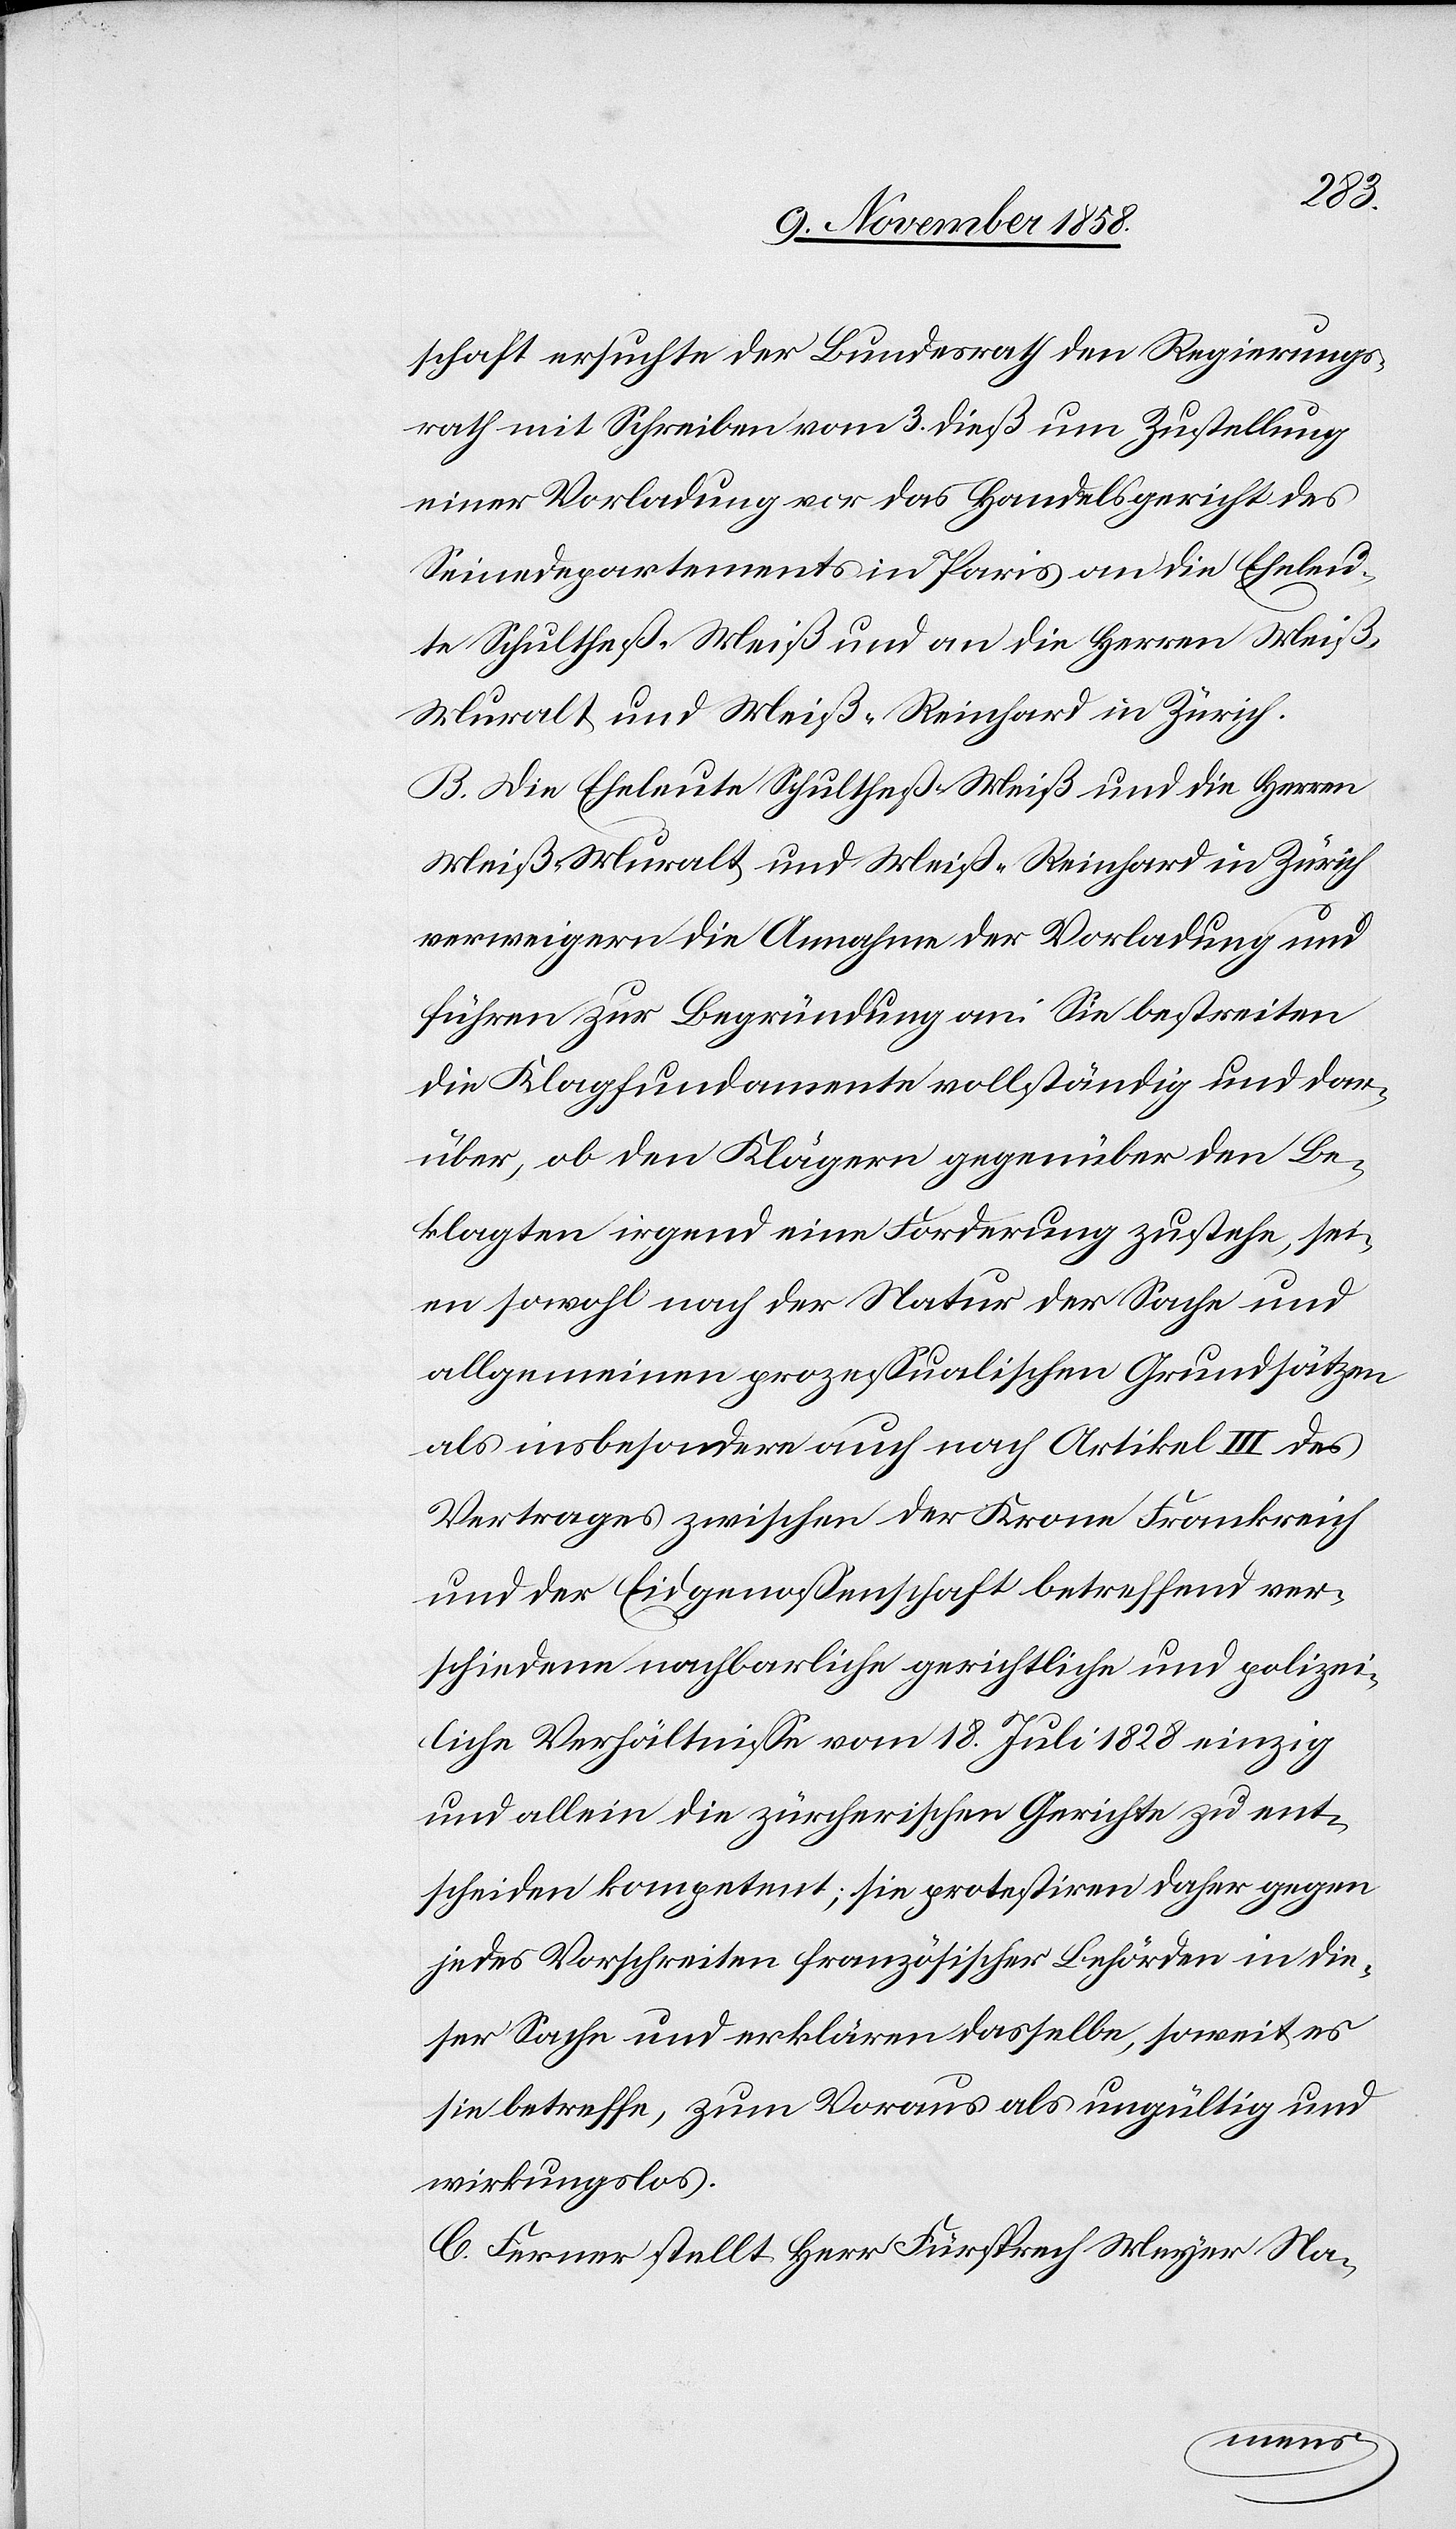
schaft ersuchte der Bundesrath den Regierungs¬
rath mit Schreiben vom 3. dieß um Zustellung
einer Vorladung vor das Handelsgericht des
Seinedepartements in Paris an die Eheleu¬
te Schultheß-Meiß und an die Herren Meiß-M¬
uralt und Meiß-Reinhard in Zürich.
B. Die Eheleute Schultheß-Meiß und die Herren
Meiß-Muralt und Meiß-Reinhard in Zürich
verweigern die Annahme der Vorladung und
führen zur Begründung an: Sie bestreiten
die Klagfundamente vollständig und dar¬
über, ob den Klägern gegenüber den Be¬
klagten irgend eine Forderung zustehe, sei¬
en sowohl nach der Natur der Sache und
allgemeinen prozessualischen Grundsätzen
als insbesondere auch nach Artikel III. des
Vertrages zwischen der Krone Frankreich
und der Eidgenossenschaft betreffend ver¬
schiedene nachbarliche gerichtliche und polizei¬
liche Verhältnisse vom 18. Juli 1828 einzig
und allein die zürcherischen Gerichte zu ent¬
scheiden kompetent; sie protestiren daher gegen
jedes Vorschreiten französischer Behörden in die¬
ser Sache und erklären dasselbe, soweit es
sie betreffe, zum Voraus als ungültig und
wirkungslos.
C. Ferner stellt Herr Fürsprech Meyer Na-